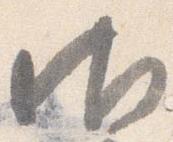
御